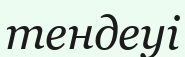
тендеуі